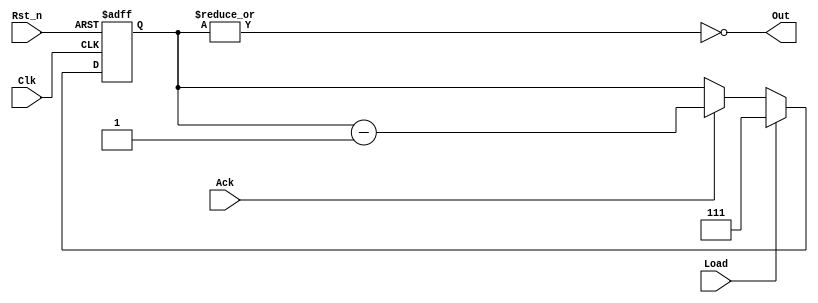
module i2c_byte_state_timer #(parameter SIZE = 3)
(
    input Clk, Rst_n, Ack, Load,
    output wire Out
);

reg [SIZE-1:0] Cnt;

// Lògica de comptador
always @(posedge Clk or negedge Rst_n) begin

    // Reset
    if (!Rst_n)         Cnt <= {SIZE{1'b0}};    // Posar tots els bits de cnt a 0

    else if (Load)      Cnt <= {SIZE{1'b1}};    // Posar tots els bits de cnt a 1 si es detecta càrrega
    else if (Ack)       Cnt <= Cnt - 1'b1;      // Compta cap avall
    else                Cnt <= Cnt;             // Manté el valor si no es dóna cap cas anterior
end

assign Out = ~|Cnt;                             // Posa la sortida a 1 quan el comptador arriba a 0

/* Lògica de sortida
always @(posedge Clk or negedge Rst_n) begin
    if (!Rst_n)         Out <= 1'b1;
    else                Out <= ~|Cnt;
end
*/

endmodule